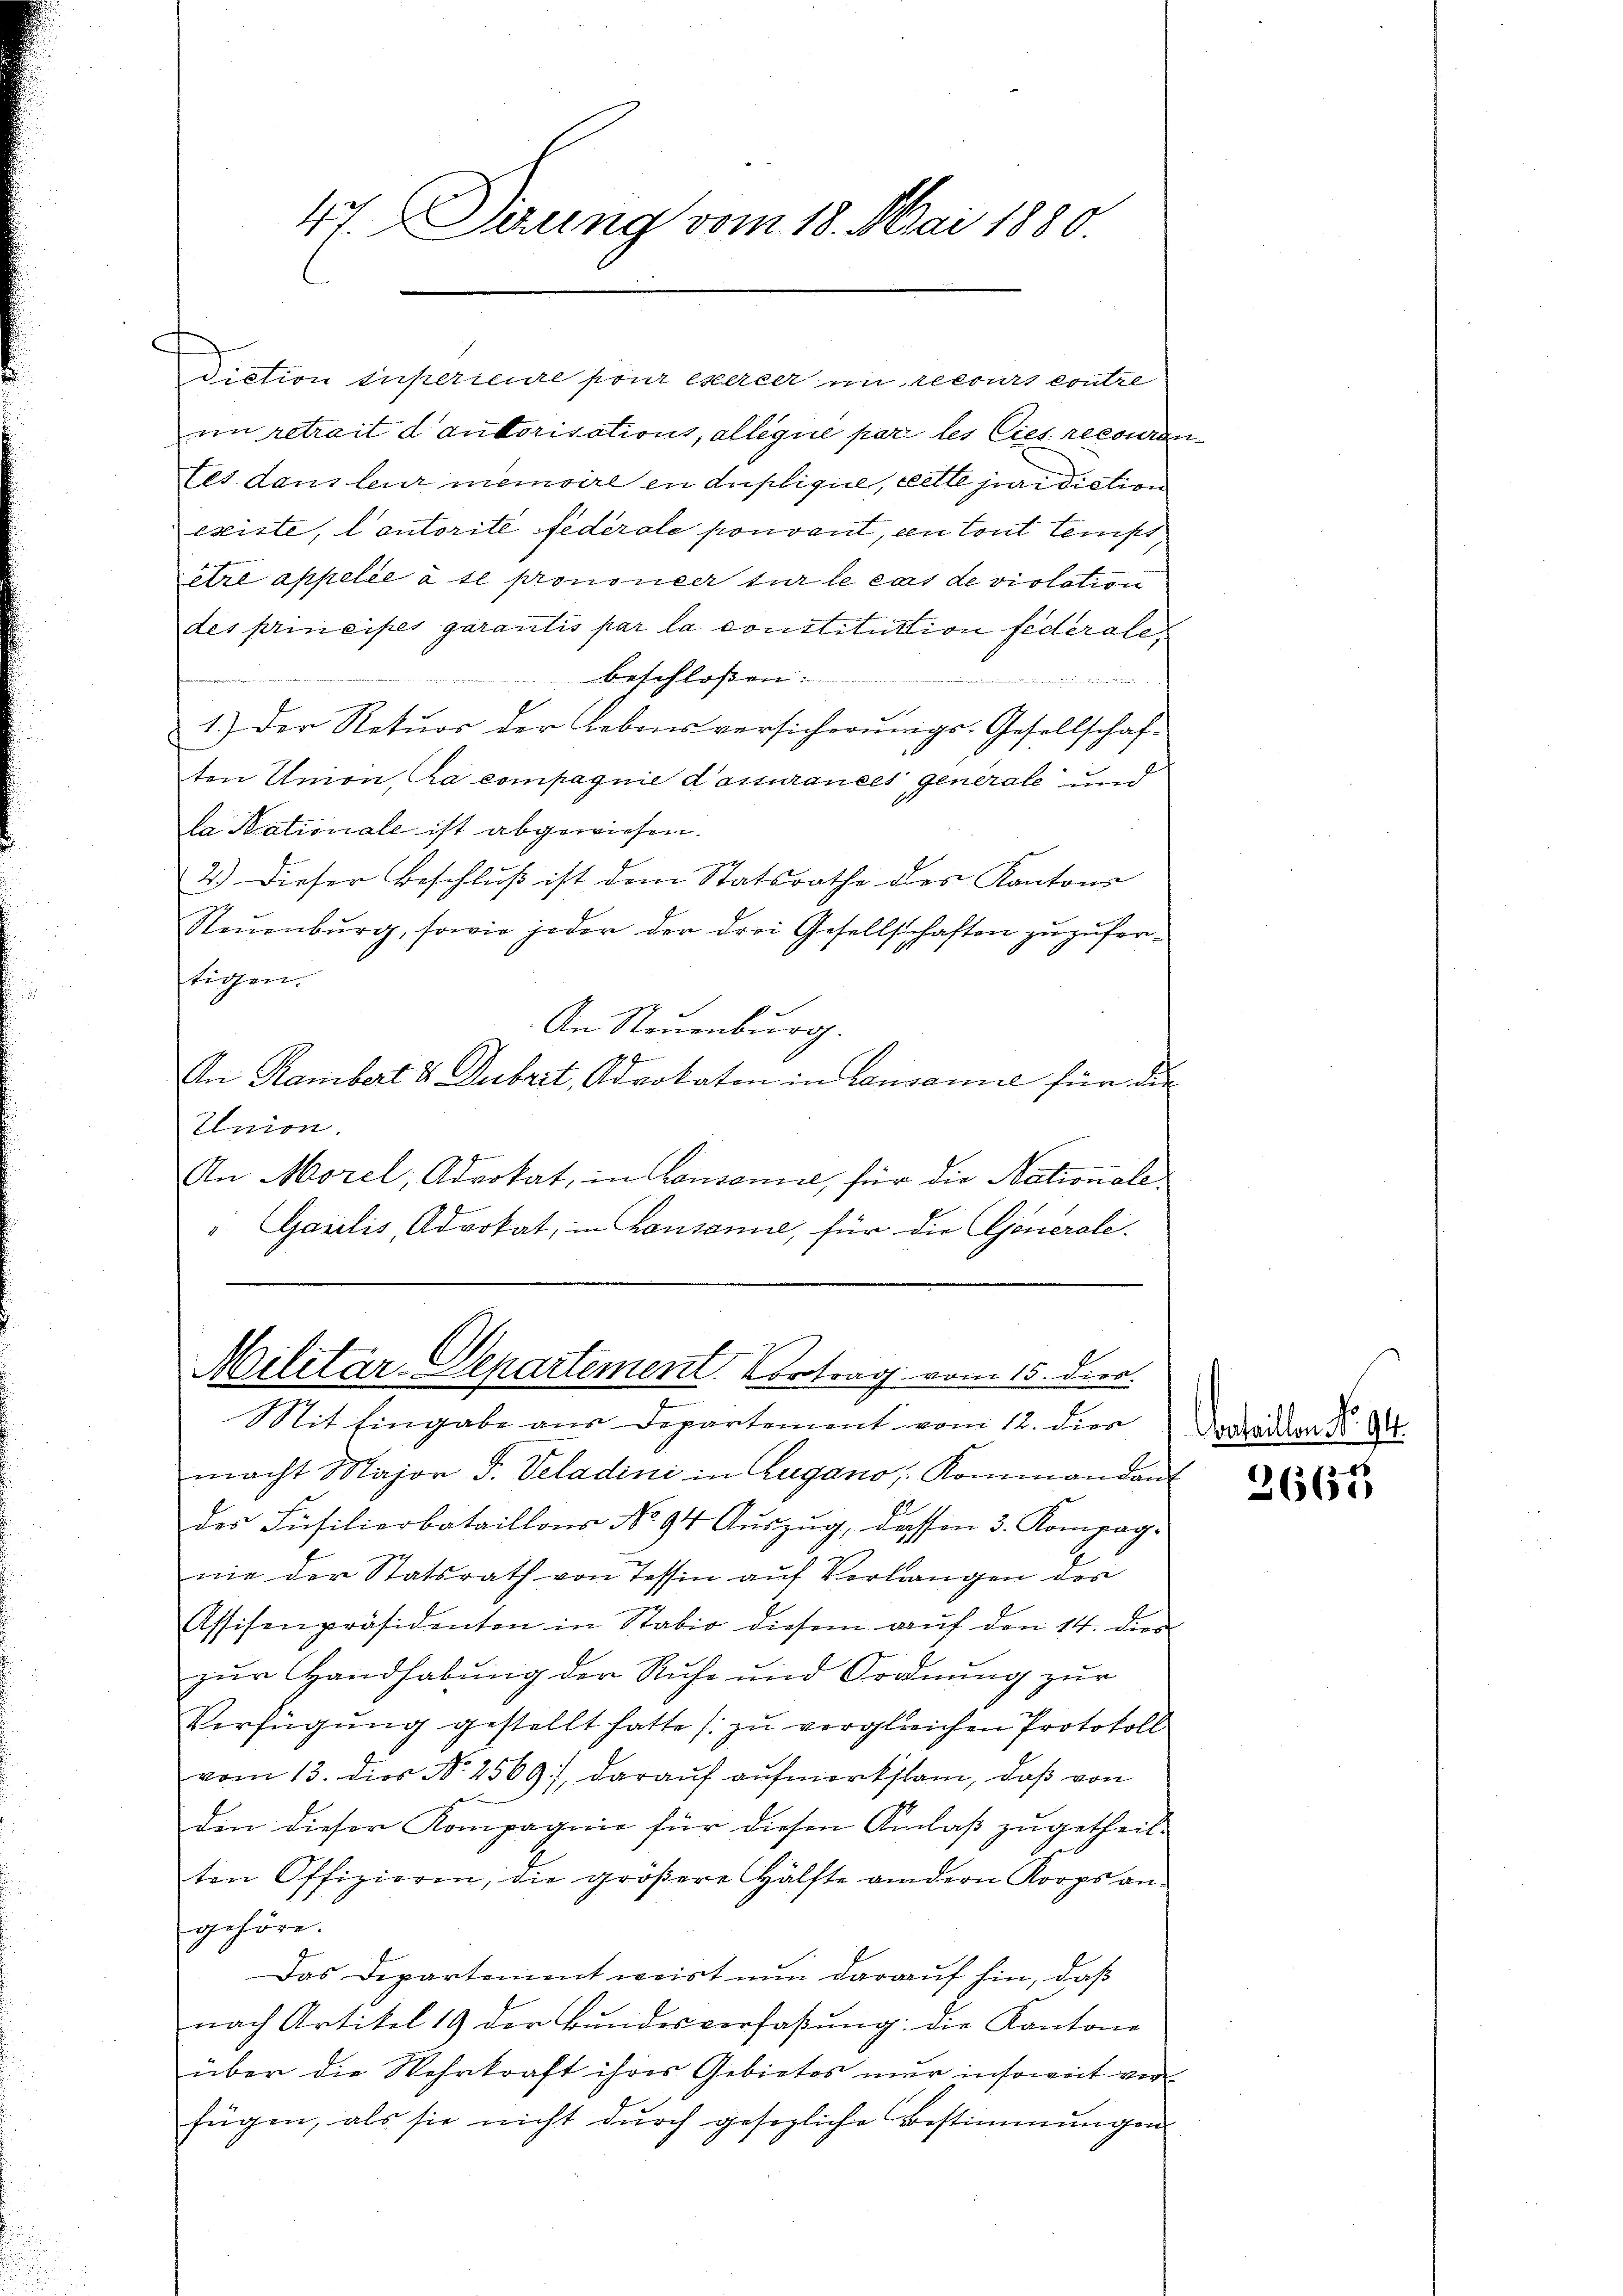
im retrait d autorisations, alleque par les lies recouren
tes dans leur meinsere in duplique, cette ja diction
existe, lautorité federale pouvant, en tout tenist,
être appelée à te prononcer sur le cas de violation
des principes garantis par la constitution federale,
beschlossen:
e
1.) Der Retŭor der Lebensversicherŭngs-Gesellschaf-
ten Amon, la compagnie d’assurances generale und
da Stationale ist abgewiesen.
2.) Dieser Beschluß ist dem Statsrathe des Kantons
Steuenburg, sowie jeder der drei Gesellschaften zuzufertigen.
An Neuenburg.
An Rambert 8 Dubrit, Advokaton in Lausamie für die
Enion.
An Morel, Advokat, in Consonie, für die Nationale
". Garilis, Advokat, in Lausanne, für die Generale.

47. Dirung vom 18. Mai 1880

Diction superieure pour exercer im recours contre

Militär-Departement. Vortrag vom 15. diea.

Sit Eingabe aus Departement vom 12. dies
macht Major F. Veladini in Zugano, Kommandant
des Füsilierbataillons No 94 Auszug, dassen 3. Kompagnie der Statsrath von Tessin auf Verlangen der
Assisenpräsidenten in Stabio diesem aŭf den 14. dien
zur Handhabung der Ruhe und Ordnung zur
Verfügung gestellt hatte (zu vergleichen Protokoll
vom 13. dies No 2569), darauf aufmerkstand, daß von
din dieser Kompagnie für diesen Anlaß zugetheil-
ten Offizieren, die größere Hälfte andern Korps an-
gehöre.
Das Departement weist nun darauf hin, daß
nach Artikel 19 der Bundesverfassŭng: die Kantone
über die Wehrkraft ihres Gebietes nur insoweit verfügen, als sie nicht durch gesezliche Bestimmungen

bataillen No 94.

2665